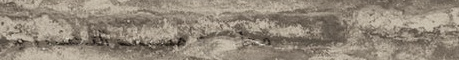
محل بيع منتجات التجميل وا